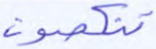
تنكصون